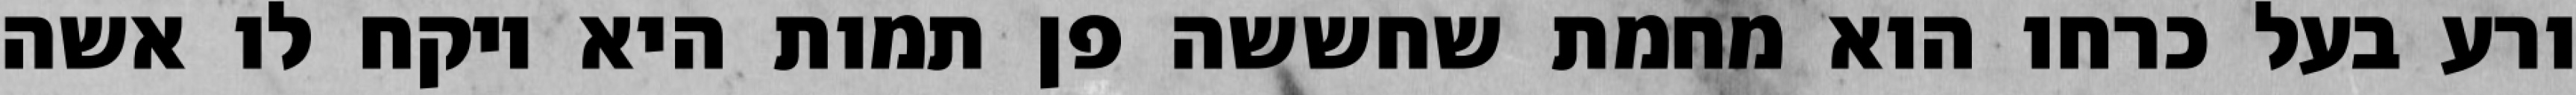
ורע בעל כרחו הוא מחמת שחששה פן תמות היא ויקח לו אשה